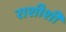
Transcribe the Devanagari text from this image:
राशीशी